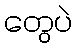
တွေပဲ